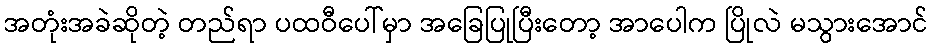
အတုံးအခဲဆိုတဲ့ တည်ရာ ပထဝီပေါ်မှာ အခြေပြုပြီးတော့ အာပေါက ပြိုလဲ မသွားအောင်